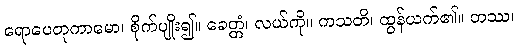
ရောပေတုကာမော၊ စိုက်ပျိုး၍။ ခေတ္တံ၊ လယ်ကို။ ကသတိ၊ ထွန်ယက်၏။ တဿ၊